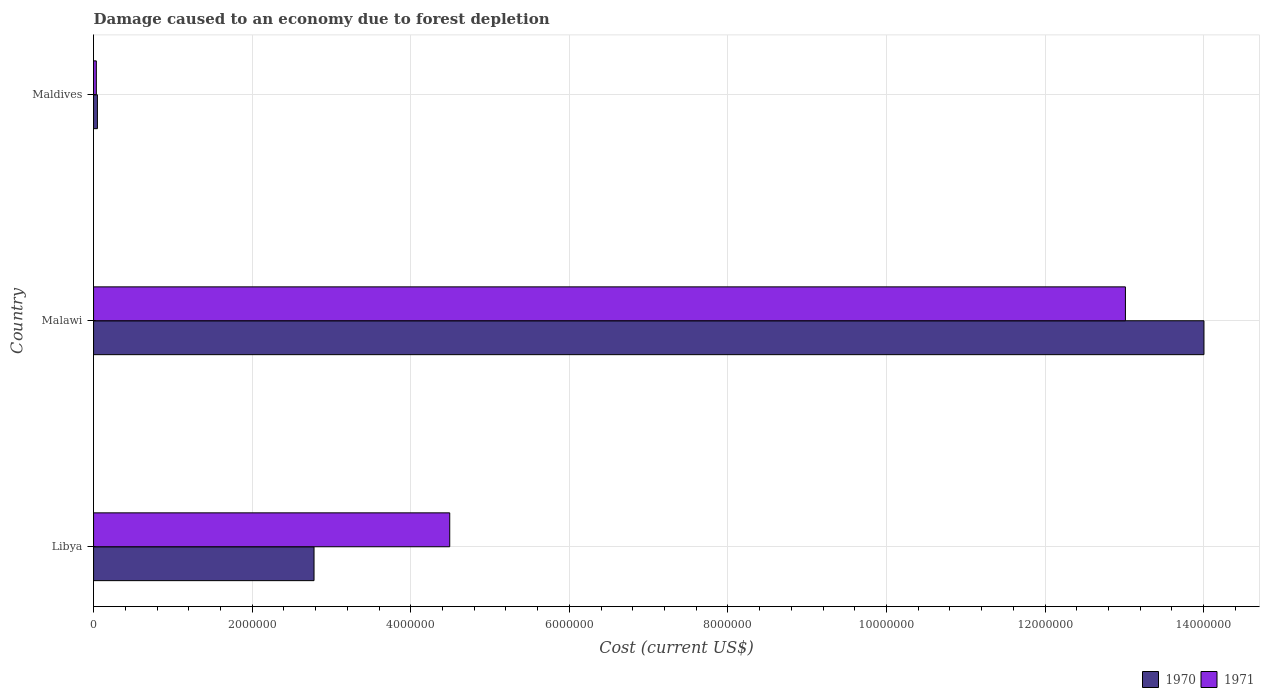
| Country | 1970 | 1971 |
 | --- | --- | --- |
 | Libya | 2.78e+06 | 4.49e+06 |
 | Malawi | 1.4e+07 | 1.3e+07 |
 | Maldives | 4.86e+04 | 3.48e+04 |